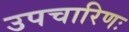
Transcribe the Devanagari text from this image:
उपचारिणः